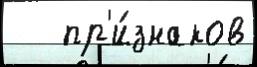
   пр'и́знаков